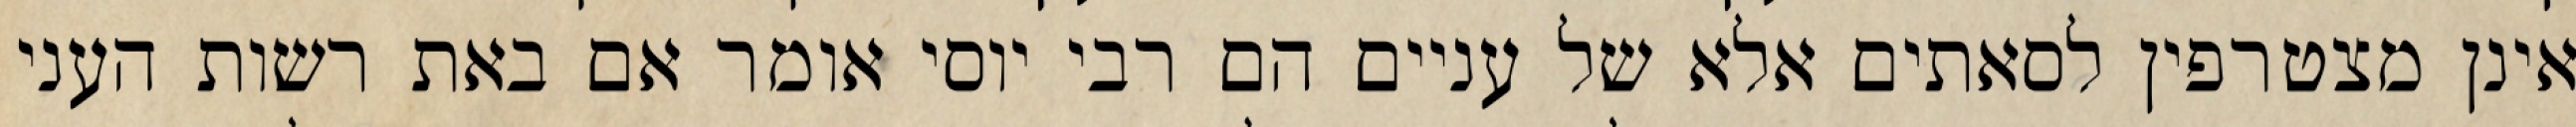
אינן מצטרפין לסאתים אלא של עניים הם רבי יוסי אומר אם באת רשות העני